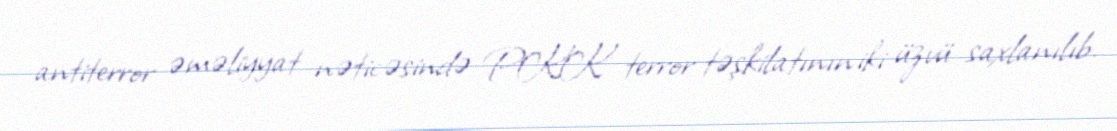
antiterror əməliyyat nəticəsində PKK terror təşkilatının iki üzvü saxlanılıb.